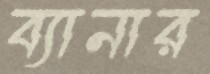
ব্যানার